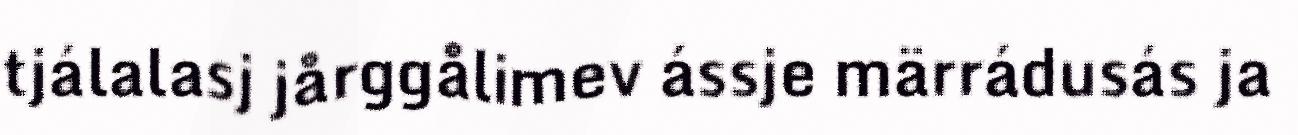
tjálalasj jårggålimev ássje märrádusás ja